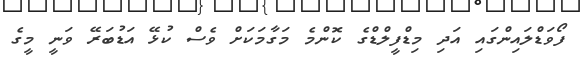
ފޯވަޑްލައިންގައި އަދި މިޑްފީލްޑްގެ ކޮންމެ މަގާމަކަށް ވެސް ކުޅޭ އަޑުބަރޭ ވަނީ މީގެ